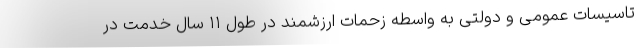
تاسیسات عمومی و دولتی به واسطه زحمات ارزشمند در طول ۱۱ سال خدمت در